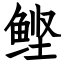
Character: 鲣